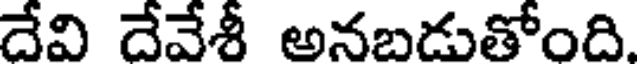
దేవి దేవేశీ అనబడుతోంది.